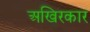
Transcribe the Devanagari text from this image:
अखिरकार